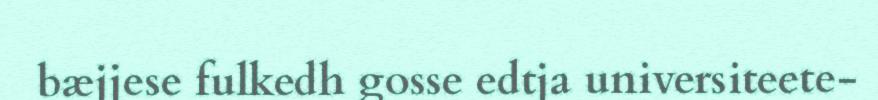
bæjjese fulkedh gosse edtja universiteete-